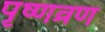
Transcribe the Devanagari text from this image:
पृष्णव्रण